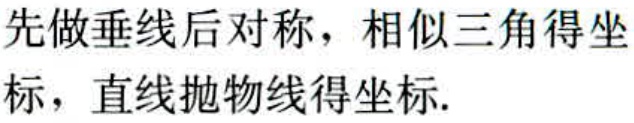
先做垂线后对称，相似三角得坐标，直线抛物线得坐标.